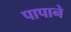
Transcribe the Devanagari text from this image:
पापाने